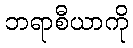
ဘရာစီယာကို